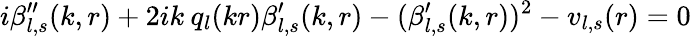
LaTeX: i\beta_{l,s}^{\prime\prime}(k,r)+2ik\: q_{l}(kr)\beta_{l,s}^{\prime}(k,r)-(\beta_{l,s}^{\prime}(k,r))^{2}-v_{l,s}(r)=0